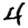
Digit: 4